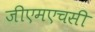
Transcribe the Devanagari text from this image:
जीएमएचसी